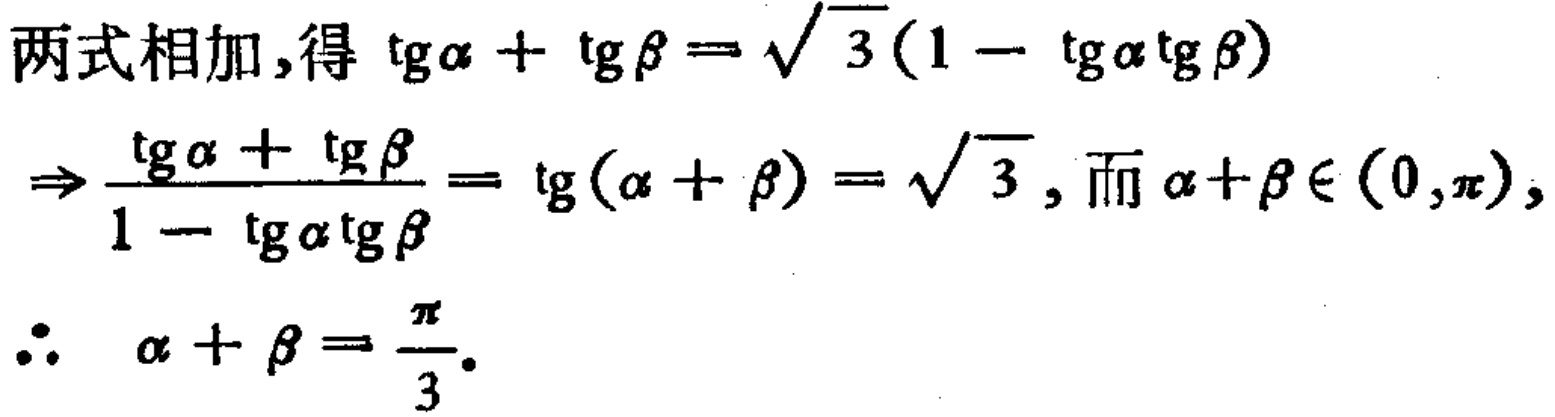
两式相加,得\(\mathrm{tg}\alpha + \mathrm{tg}\beta = \sqrt{3}(1 - \mathrm{tg}\alpha\mathrm{tg}\beta)\)

\(\Rightarrow \frac{\mathrm{tg}\alpha + \mathrm{tg}\beta}{1 - \mathrm{tg}\alpha\mathrm{tg}\beta} = \mathrm{tg}(\alpha + \beta) = \sqrt{3}\), 而\(\alpha + \beta \in (0,\pi)\),

\(\therefore \ \alpha + \beta = \frac{\pi}{3}\).